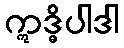
ဣဒ္ဓိပါဒါ